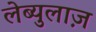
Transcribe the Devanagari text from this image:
लेब्युलाज़